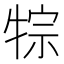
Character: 𤙷